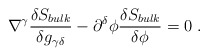
\begin{align*}\nabla^\gamma {\delta S_{bulk}\over \delta g_{\gamma \delta}}- \partial^\delta \phi {\delta S_{bulk}\over \delta \phi}=0 \ . \end{align*}